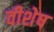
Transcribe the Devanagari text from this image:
वीशेष